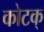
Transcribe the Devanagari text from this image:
कोटक्